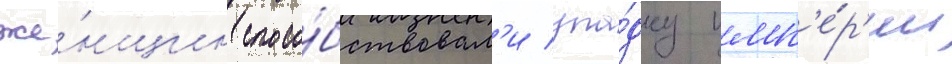
же́нщин спосо́бствовал'и упа́дку имп'е́р'ии